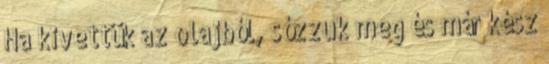
Ha kivettük az olajból, sózzuk meg és már kész